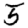
Digit: 5